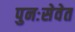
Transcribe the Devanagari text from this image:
पुनःसेवेत